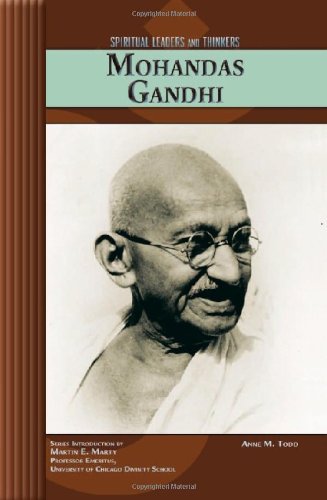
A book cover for Mohandas Gandhi (Spiritual Leaders and Thinkers); Anne M. Todd; Teen & Young Adult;